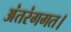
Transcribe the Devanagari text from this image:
अंतरंगगत।